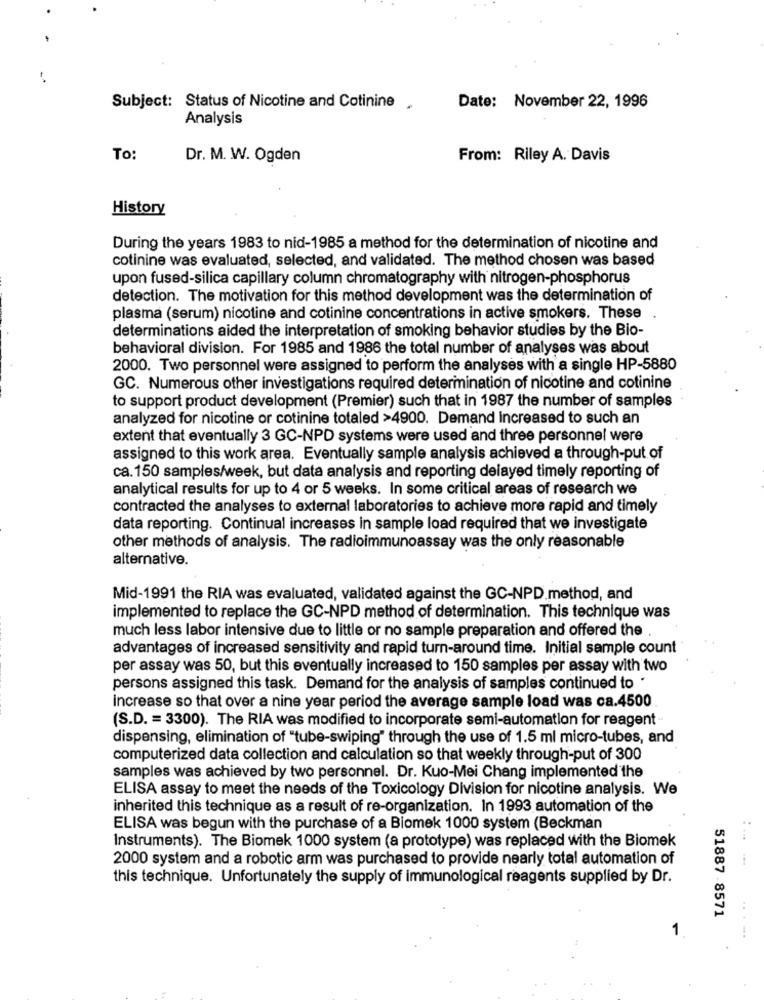
Subject: Status of Nicotine and Cotinine.
Date: November 22, 1996
Analysis
To:
Dr. M. W. Ogden
From: Riley A. Davis
History
During the years 1983 to nid-1985 a method for the determination of nicotine and
cotinine was evaluated, selected, and validated. The method chosen was based
upon fused-silica capillary column chromatography with nitrogen-phosphorus
detection. The motivation for this method development was the determination of
plasma (serum) nicotine and cotinine concentrations in active smokers. These
determinations aided the interpretation of smoking behavior studies by the Bio-
behavioral division. For 1985 and 1986 the total number of analyses was about
2000. Two personnel were assigned to perform the analyses with a single HP-5880
GC. Numerous other investigations required determination of nicotine and cotinine
to support product development (Premier) such that in 1987 the number of samples
analyzed for nicotine or cotinine totaled >4900. Demand increased to such an
extent that eventually 3 GC-NPD systems were used and three personnel were
assigned to this work area. Eventually sample analysis achieved a through-put of
ca. 150 samples/week, but data analysis and reporting delayed timely reporting of
analytical results for up to 4 or 5 weeks. In some critical areas of research we
contracted the analyses to external laboratories to achieve more rapid and timely
data reporting. Continual increases in sample load required that we investigate
other methods of analysis. The radioimmunoassay was the only reasonable
alternative.
Mid-1991 the RIA was evaluated, validated against the GC-NPD method, and
implemented to replace the GC-NPD method of determination. This technique was
much less labor intensive due to little or no sample preparation and offered the
advantages of increased sensitivity and rapid turn-around time. Initial sample count
per assay was 50, but this eventually increased to 150 samples per assay with two
persons assigned this task. Demand for the analysis of samples continued to .
Increase so that over a nine year period the average sample load was ca.4500
(S.D. = 3300). The RIA was modified to incorporate semi-automation for reagent-
dispensing, elimination of "tube-swiping" through the use of 1.5 ml micro-tubes, and
computerized data collection and calculation so that weekly through-put of 300
samples was achieved by two personnel. Dr. Kuo-Mei Chang implemented the
ELISA assay to meet the needs of the Toxicology Division for nicotine analysis. We
inherited this technique as a result of re-organization. In 1993 automation of the
ELISA was begun with the purchase of a Biomek 1000 system (Beckman
Instruments). The Biomek 1000 system (a prototype) was replaced with the Biomek
2000 system and a robotic arm was purchased to provide nearly total automation of
this technique. Unfortunately the supply of immunological reagents supplied by Dr.
51887 8571
1